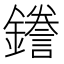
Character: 𮣖